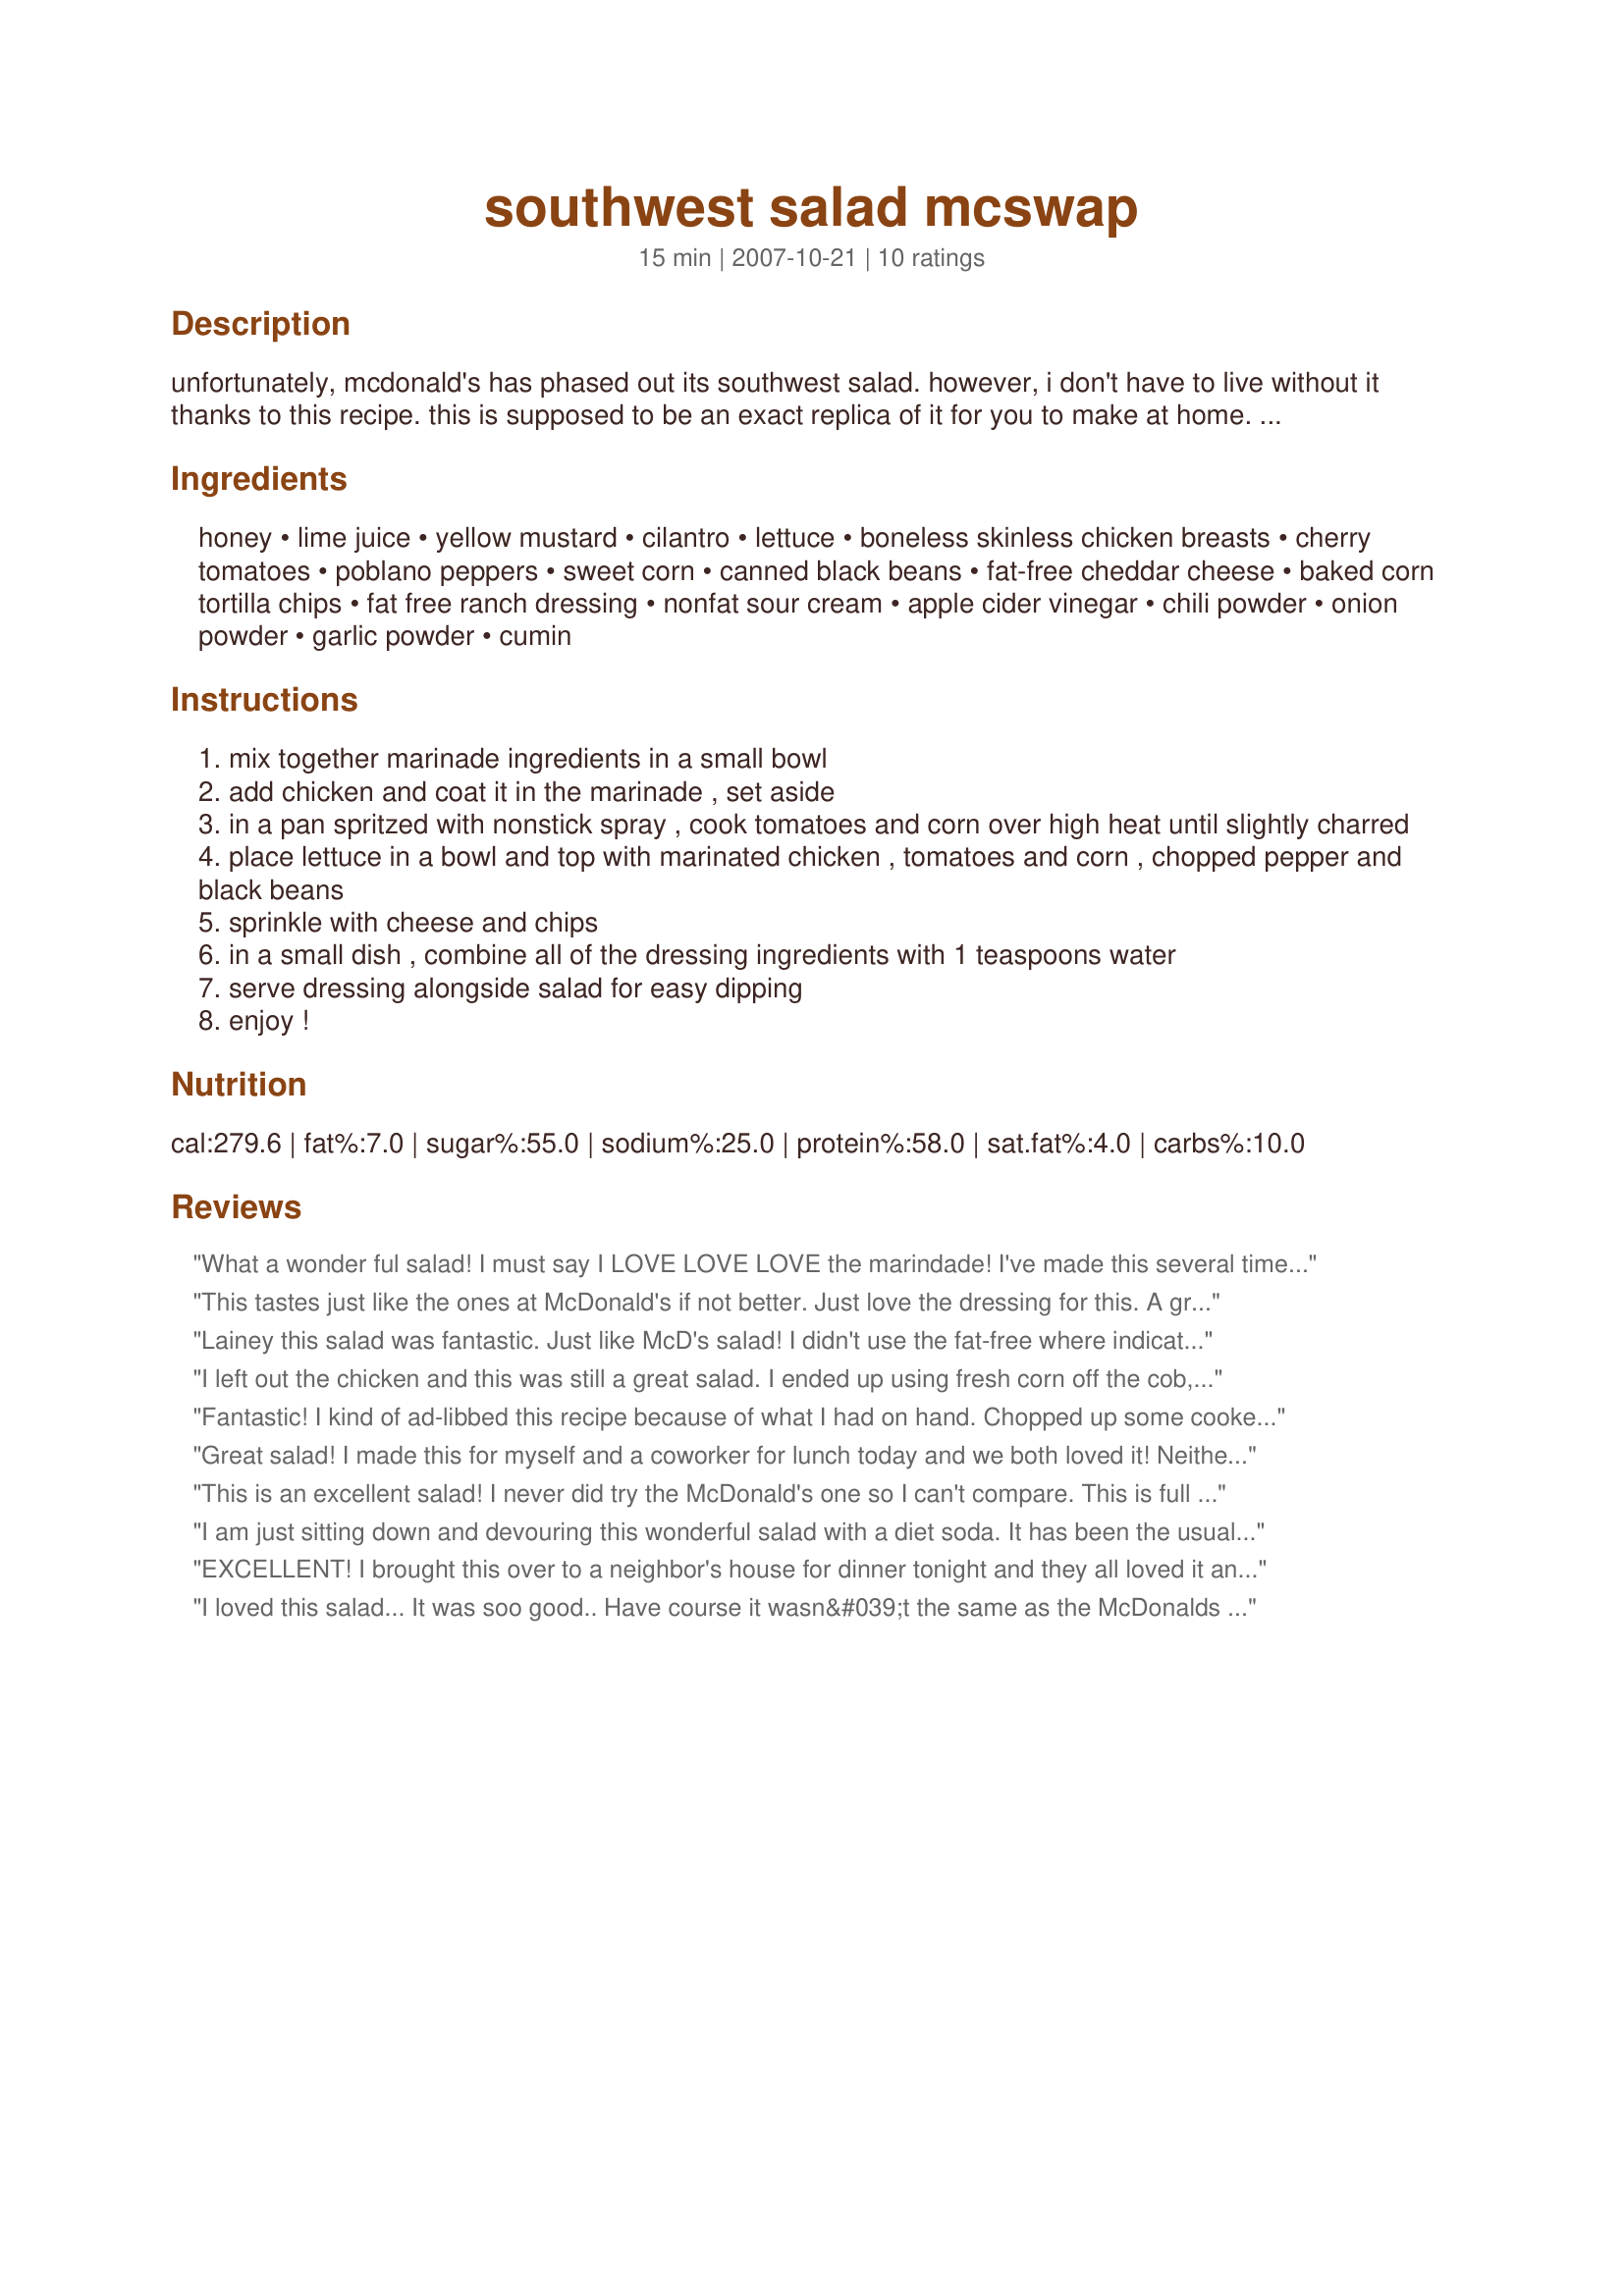
southwest salad mcswap
Preparation time: 15 minutes

unfortunately, mcdonald's has phased out its southwest salad. however, i don't have to live without it thanks to this recipe. this is supposed to be an exact replica of it for you to make at home. feel free to take it to work in a plastic container and make your co-workers jealous. the points value for weight watchers is 7 points. i got this recipe from an email from the hungry girl web site. that's what the "hg" stands for! enjoy! (note: the source for this recipe cited different nutritional info than here at zaar: 350 calories, 4g fat, 720mg sodium, 39g carbs, 6g fiber, 15g sugars, 43g protein points value 7* this is for the entire recipe, with dressing).
update 4/1/08: this limited edition, seasonal salad is back! find the super salad (which is packed with corn, black beans, tortilla strips and more) at mcd's now thru the summer.

Ingredients:
honey, lime juice, yellow mustard, cilantro, lettuce, boneless skinless chicken breasts, cherry tomatoes, poblano peppers, sweet corn, canned black beans, fat-free cheddar cheese, baked corn tortilla chips, fat free ranch dressing, nonfat sour cream, apple cider vinegar, chili powder, onion powder, garlic powder, cumin

Steps:
mix together marinade ingredients in a small bowl
add chicken and coat it in the marinade , set aside
in a pan spritzed with nonstick spray , cook tomatoes and corn over high heat until slightly charred
place lettuce in a bowl and top with marinated chicken , tomatoes and corn , chopped pepper and black beans
sprinkle with cheese and chips
in a small dish , combine all of the dressing ingredients with 1 teaspoons water
serve dressing alongside salad for easy dipping
enjoy !

Reviews:
What a wonder ful salad! I must say I LOVE LOVE LOVE the marindade! I've made this several times now and I like to add more tomatos and corn but didnt change anything else. A teriffic add to my recipes
This tastes just like the ones at McDonald's if not better. Just love the dressing for this. A great spring/summertime salad.
Lainey this salad was fantastic. Just like McD's salad! I didn't use the fat-free where indicated only because I had the regular cheddar cheese, ranch and sour cream. I love salads so this is going to be my new lunch for awhile. Thanks for posting.
I left out the chicken and this was still a great salad. I ended up using fresh corn off the cob, and bell peppers. I used sun chips and a few more than called for. Thanks! Made for Please Review My Recipe game.
Fantastic! I kind of ad-libbed this recipe because of what I had on hand. Chopped up some cooked chicken and stirred into the marinade, then nuked it till warm. I didn't have the ingredients for the dressing, so I used honey mustard dressing and it was REALLY good! Very close to the real thing!
Great salad! I made this for myself and a coworker for lunch today and we both loved it! Neither of us really like honey mustard but the marinade was a wonderful addition, very light and fresh tasting. We both agreed that some sliced jalapenos, olives and avocado would be great too. Thanks for sharing this easy, tasty salad, Lainey!
This is an excellent salad! I never did try the McDonald's one so I can't compare. This is full of the good southwest taste. I really enjoyed the touch of sweetness caused by the honey mustard marinade. I did use red kidney beans cuz that's what I had on hand. I also used baked Tosititos scoops instead of the Doritos, again what I had on hand. This was so good and low in points. Made for a tasty lunch. This is a keeper. Thanks Lainey6605 for posting.
I am just sitting down and devouring this wonderful salad with a diet soda. It has been the usual busy Monday on the farm. A fence needed to be fixed and the usual workings had begun. I am so glad I had this tasty salad to devour and relax with my feet up for a spec. Yesterday~I roasted a turkey, (it's so darn cheap now at 39 cents a pound) and used the turkey breast to mix with the marinade, instead of chicken. It went together easily and quickly, put it aside until today. Even if this is all we had to eat, the marinade and turkey (or chicken) by itself is delicious! I had corn on the cob frozen from the summer months so I took the corn from the cob and mixed it with black beans and some red onion until warmed, adding a bit of salt and cumin to this mixture too. Again, totally yummy if this was all you ate too! I put together the salad from there, added some peppers, fresh tomatoes, cheddar cheese and some homemade tortilla's that I had cooked on top. I also had made some extra of Lainey's Recipe #261991, and added the rest of the dressing ingredients, (added a bit more chili powder and with a couple hits of red pepper flakes) and generously poured the dressing right on top of the delightful, delicious, stupendous McSalad. With no McDee's nearby I just was beyond myself with a wonderful taste sensation. I also put this in little containers (3) for Dennis to take to work, and he put it together there. Yummy is what we both said. Thanks for a great recipe Lainey, you are the McSalad Queen!
EXCELLENT! I brought this over to a neighbor's house for dinner tonight and they all loved it and asked for the recipe. The dressing is amazing! I omitted the chicken and just made the salad and dressing. I also used lowfat greek yogurt instead of the sour cream. Delicious!
I loved this salad... It was soo good.. Have course it wasn&#039;t the same as the McDonalds version but still tasty non the less..
